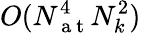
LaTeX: O(N_{\mathrm{~a~t~}}^{4}N_{k}^{2})